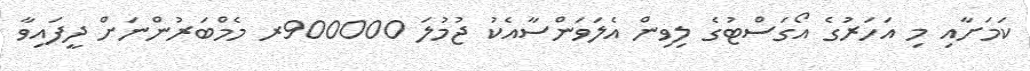
ކަމަށާއި މި އަހަރުގެ އޯގަސްޓުގެ ލިވިން އެލަވަންސާއެކު ޖުމުލަ 900000ރ މެމްބަރުންނަށް ދީފައިވާ